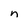
Character: n